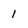
Character: 1